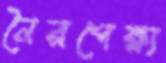
নৈরপেক্ষ্য